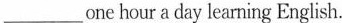
___ one hour a day learning English.